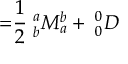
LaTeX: \mathbf { \omega = } \frac { 1 } { 2 } \mathbf { \omega } _ { b } ^ { a } M _ { a } ^ { b } + \mathbf { \omega } _ { 0 } ^ { 0 } D